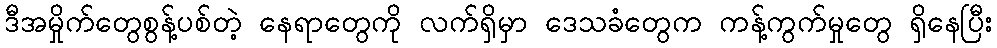
ဒီအမှိုက်တွေစွန့်ပစ်တဲ့ နေရာတွေကို လက်ရှိမှာ ဒေသခံတွေက ကန့်ကွက်မှုတွေ ရှိနေပြီး